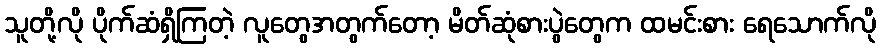
သူတို့လို ပိုက်ဆံရှိကြတဲ့ လူတွေအတွက်တော့ မိတ်ဆုံစားပွဲတွေက ထမင်းစား ရေသောက်လို